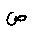
Letter: _sad